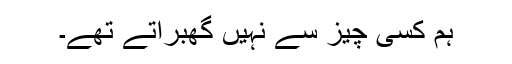
ہم کسی چیز سے نہیں گھبراتے تھے۔